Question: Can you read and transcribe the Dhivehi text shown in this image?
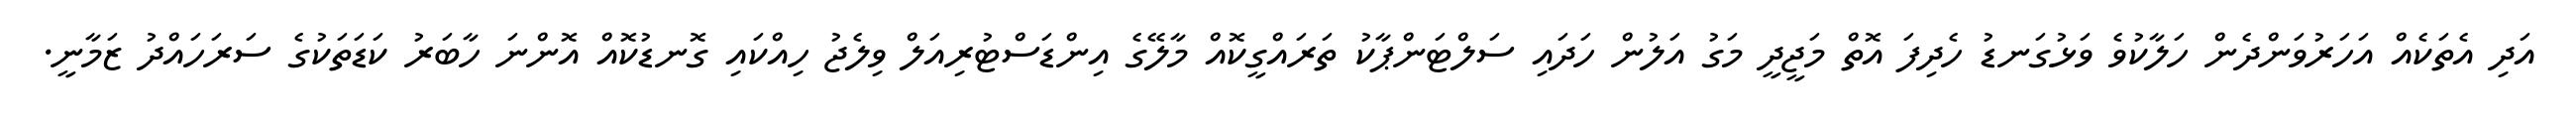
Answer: އަދި އެތަކެއް އަހަރުވަންދެން ހަލާކުވެ ވަޅުގަނޑު ހެދިފަ އޮތް މަޖީދީ މަގު އަލުން ހަދައި ސަލްޓަންޕާކު ތަރައްގީކޮއް މާލޭގެ އިންޑަސްޓުރިއަލް ވިލެޖު ހިއްކައި ގޮނޑުކޮއް އޮންނަ ހާބަރު ކަޑަތަކުގެ ސަރަހައްދު ޒަމާނީ.